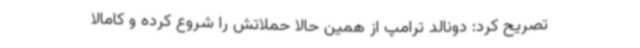
تصریح کرد: دونالد ترامپ از همین حالا حملاتش را شروع کرده و کامالا